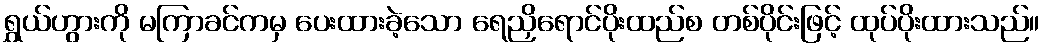
ရွှယ်ဟွားကို မကြာခင်ကမှ ပေးထားခဲ့သော ရေညှိရောင်ပိုးထည်စ တစ်ပိုင်းဖြင့် ထုပ်ပိုးထားသည်။